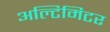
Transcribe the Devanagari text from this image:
अल्टिमिटर